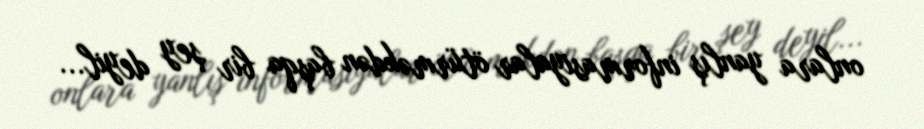
onlara yanlış informasiyalar ötürməkdən başqa bir şey deyil...